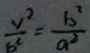
\frac { v ^ { 2 } } { b ^ { 2 } } = \frac { b ^ { 2 } } { a ^ { 2 } }